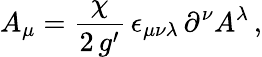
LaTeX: A_{\mu}=\frac{\chi}{2\, g^{\prime}}\, \epsilon_{\mu\nu\lambda}\, \partial^{\nu}A^{\lambda}\, ,